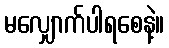
မလျှောက်ပါရစေနဲ့။